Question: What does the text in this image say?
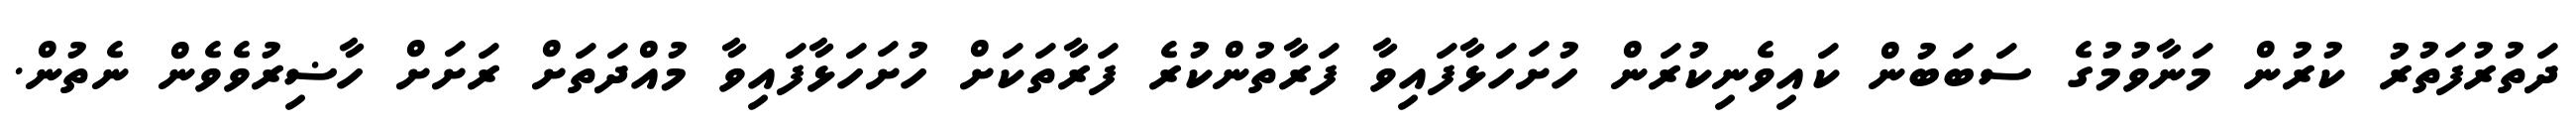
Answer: ދަތުރުފަތުރު ކުރުން މަނާވުމުގެ ސަބަބުން ކައިވެނިކުރަން ހުށަހަޅާފައިވާ ފަރާތުންކުރެ ފަރާތަކަށް ހުށަހަޅާފައިވާ މުއްދަތަށް ރަށަށް ހާޟިރުވެވެން ނެތުން.